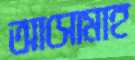
আসোমাহ